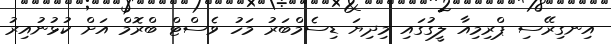
އިނގިރޭސި ޕްރިމިއާ ލީގުގައި މިދިޔަ ޑިސެމްބަރު މަހު ވެސްޓް ބްރޮމް އަށް ކުޅުނުއިރު